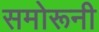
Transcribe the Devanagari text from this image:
समोरूनी